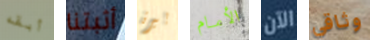
أبقه أثبتنا بيرة الأمام الآن وثاقي